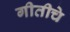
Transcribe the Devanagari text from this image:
गीतीचे